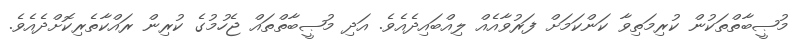
މުޞީބާތްތަކުން ކުރިމަތިވާ ކަންކަމަށް ފަރުވާއެއް ލިއްބައިދެއެވެ. އަދި މުޞީބާތްތައް ޖެހުމުގެ ކުރިން ރައްކާތެރިކޮށްދެއެވެ.